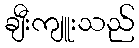
ချီးကျူးသည်